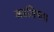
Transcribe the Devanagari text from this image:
असलियत।